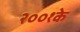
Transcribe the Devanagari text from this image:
२००१के